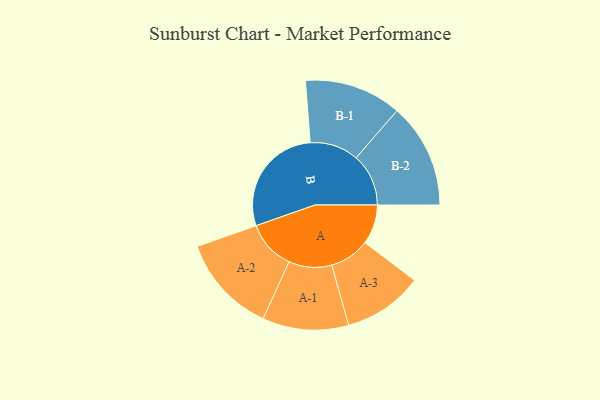
{"axis": {"x": "Segment", "y": "Value"}, "legend": ["", "A", "B"], "data": [{"x": "A", "y": 155, "type": ""}, {"x": "B", "y": 439, "type": ""}, {"x": "A-1", "y": 168, "type": "A"}, {"x": "A-2", "y": 193, "type": "A"}, {"x": "A-3", "y": 156, "type": "A"}, {"x": "B-1", "y": 190, "type": "B"}, {"x": "B-2", "y": 205, "type": "B"}]}